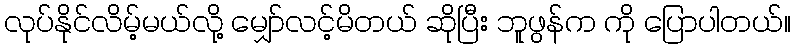
လုပ်နိုင်လိမ့်မယ်လို့ မျှော်လင့်မိတယ် ဆိုပြီး ဘူဖွန်က ကို ပြောပါတယ်။